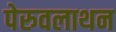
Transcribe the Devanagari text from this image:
पेरुवलाथन